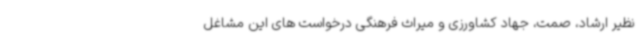
نظیر ارشاد، صمت، جهاد کشاورزی و میراث فرهنگی درخواست های این مشاغل